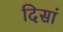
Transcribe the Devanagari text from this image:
दिसां